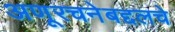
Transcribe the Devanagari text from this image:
अणूरचनेबद्दलचे